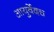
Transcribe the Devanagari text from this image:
आयुर्वेदच